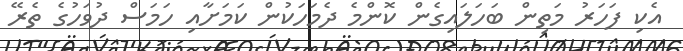
އެކި ފަހަރު މަތިން ބަހަލައިގެން ކޮންމެ ދެމަހަކުން ކަމަށާއި ހަމަސް ދުވަހުގެ ތެރޭ